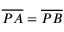
{ \overline { { P A } } } = { \overline { { P B } } }